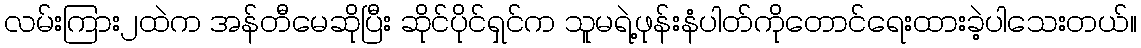
လမ်းကြား၂ထဲက အန်တီမေဆိုပြီး ဆိုင်ပိုင်ရှင်က သူမရဲ့ဖုန်းနံပါတ်ကိုတောင်ရေးထားခဲ့ပါသေးတယ်။